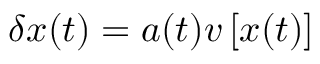
\boldsymbol { \delta x } ( t ) = a ( t ) \boldsymbol { v } \left[ \boldsymbol { x } ( t ) \right]